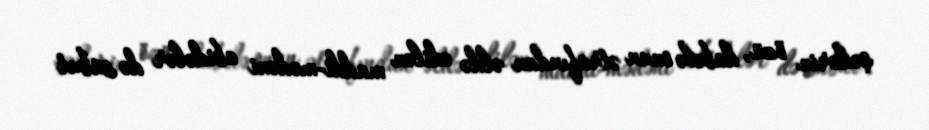
şəhərin özü, habelə onun ətrafından əldə edilən maddi-mədəni abidələr də sübut